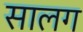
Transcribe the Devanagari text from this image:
सालग